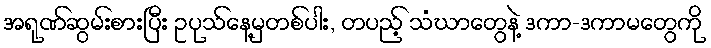
အရုဏ်ဆွမ်းစားပြီး ဥပုသ်နေ့မှတစ်ပါး, တပည့် သံဃာတွေနဲ့ ဒကာ-ဒကာမတွေကို